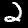
Digit: 2